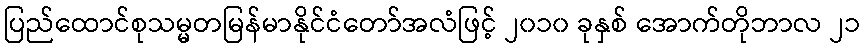
ပြည်ထောင်စုသမ္မတမြန်မာနိုင်ငံတော်အလံဖြင့် ၂၀၁၀ ခုနှစ် အောက်တိုဘာလ ၂၁